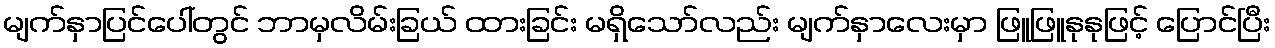
မျက်နှာပြင်ပေါ်တွင် ဘာမှလိမ်းခြယ် ထားခြင်း မရှိသော်လည်း မျက်နှာလေးမှာ ဖြူဖြူနုနုဖြင့် ပြောင်ပြီး